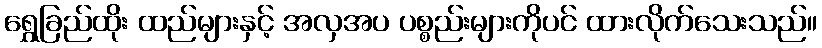
ရွှေခြည်ထိုး ထည်များနှင့် အလှအပ ပစ္စည်းများကိုပင် ထားလိုက်သေးသည်။